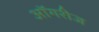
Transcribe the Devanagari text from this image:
ऑगरीज